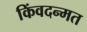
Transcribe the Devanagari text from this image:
किंवदन्मत